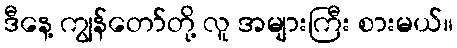
ဒီနေ့ ကျွန်တော်တို့ လူ အများကြီး စားမယ်။